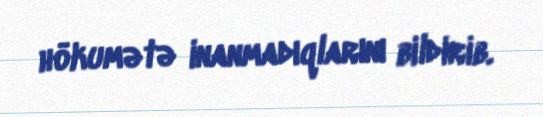
hökumətə inanmadıqlarını bildirib.